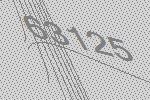
63125